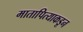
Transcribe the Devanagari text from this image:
मातापित्याकडून